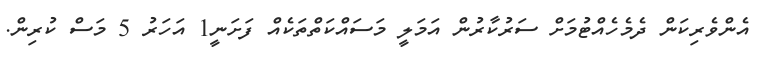
އެންވެރިކަން ދެމެހެއްޓުމަށް ސަރުކާރުން އަމަލީ މަސައްކަތްތަކެއް ފަށަނީ1 އަހަރު 5 މަސް ކުރިން.